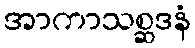
အာကာသစ္ဆဒနံ